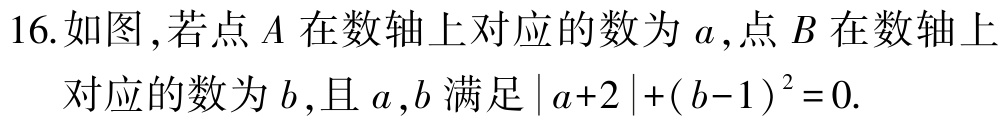
16.如图,若点\(A\)在数轴上对应的数为\(a\),点\(B\)在数轴上

对应的数为\(b\),且\(a,b\)满足\(\vert a + 2\vert+(b - 1)^{2}=0\).